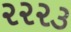
૨૨૨૩